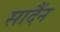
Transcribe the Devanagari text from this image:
सादैंन